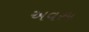
અવરમ